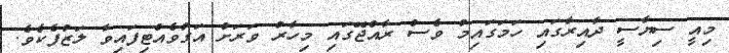
މިއީ ސިޔާސީ ދާއިރާގައި ހަމަގައިމު ވެސް ރާއްޖޭގައި މިހާރު ވަރަށް އަގުވެއްޓިފައިވާ ލަޒުފެކެވެ.